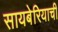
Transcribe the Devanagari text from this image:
सायबेरियाची